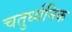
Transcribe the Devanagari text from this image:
चतुर्ध्वनिक